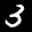
Label: 3